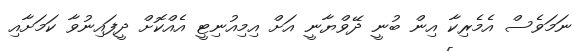
ނަމަވެސް އެމެރިކާ އިން ބުނީ ދޭވްޔާނީ އަށް އިމިއުނިޓީ އެއްކޮށް ދީފައިނުވާ ކަމަށާއި